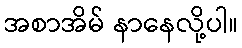
အစာအိမ် နာနေလို့ပါ။